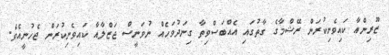
ޒޫރިންއާ ކައިވެނިކުރަން ރޭޝްމާގެ ގާތުގައި އެއްބަސްވިތާ ގިނަދުވަހެއް ނުވަނީސް ޖަޒްލާއާ ކައިވެނިކުރަން ޖެހުނީއެވެ.